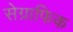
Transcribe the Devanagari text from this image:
सेग्राफिक